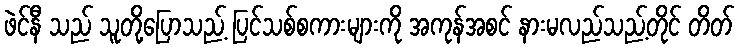
ဖဲင်နီ သည် သူတို့ပြောသည့် ပြင်သစ်စကားများကို အကုန်အစင် နားမလည်သည့်တိုင် တိတ်